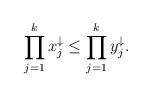
LaTeX: \begin{align*}\prod\limits_{j=1}^{k}x_j^\downarrow\le\prod\limits_{j=1}^{k}y_j^\downarrow.\end{align*}